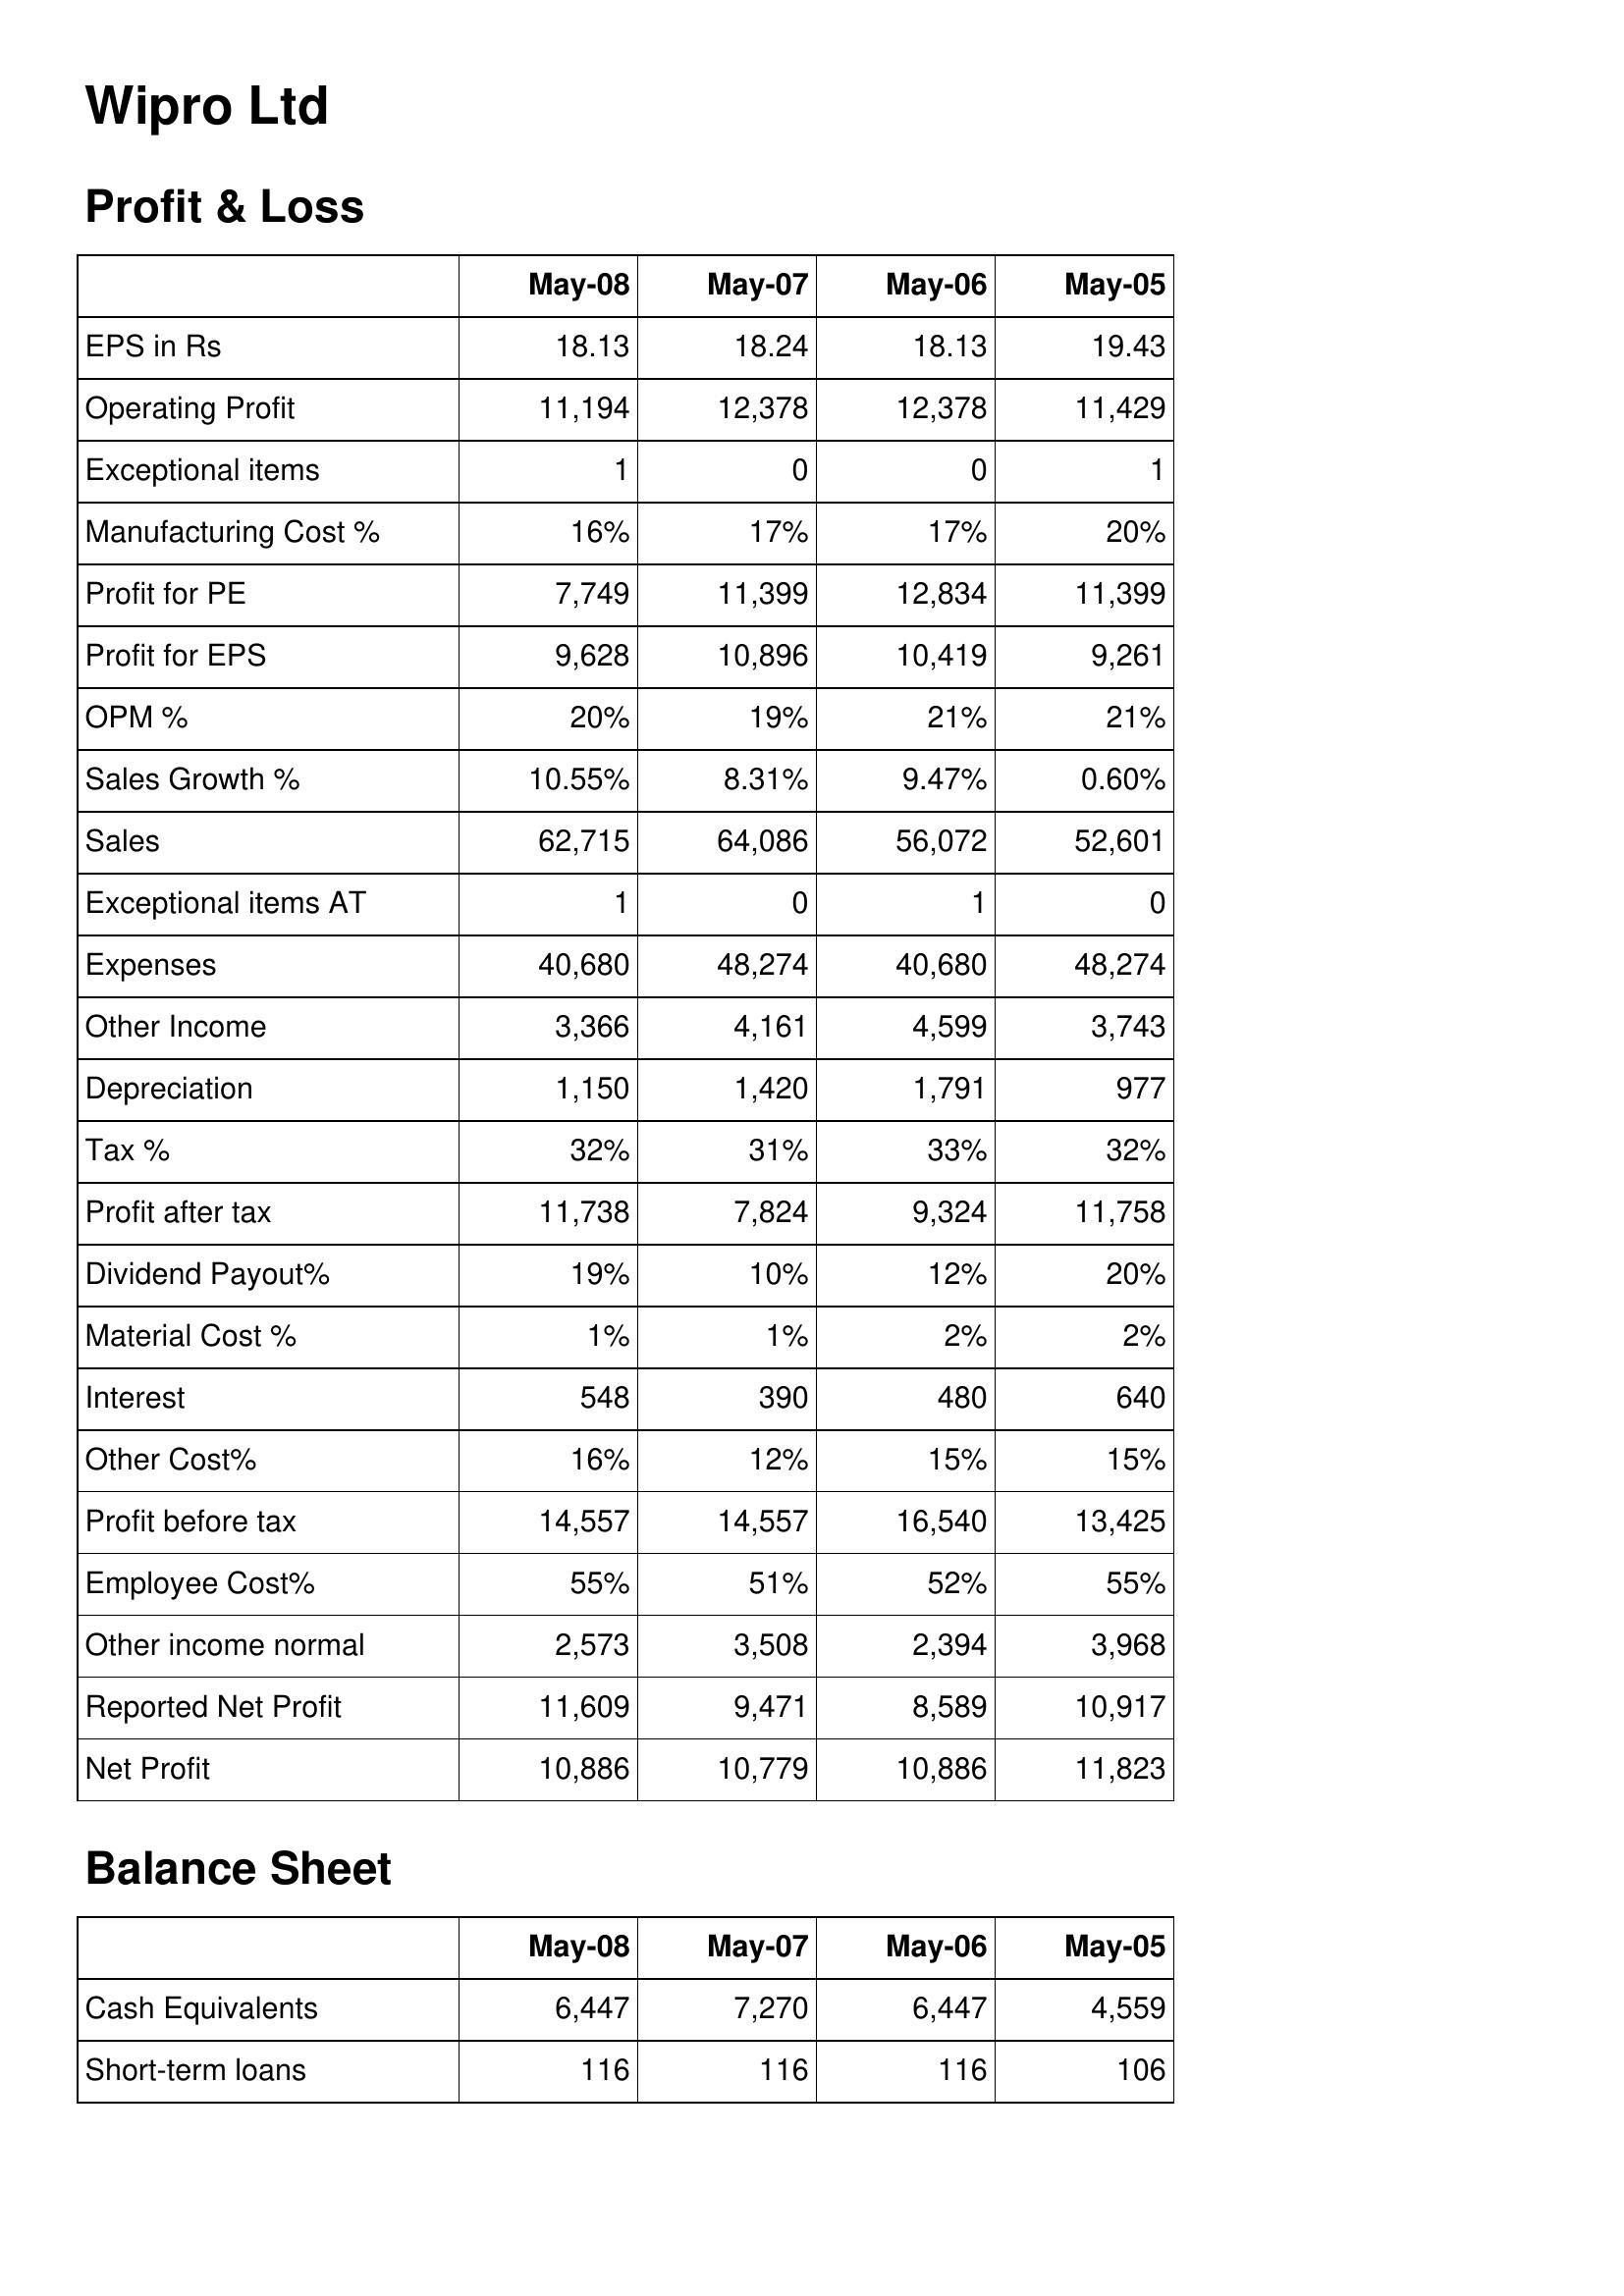
May-08: Profit & Loss: EPS in Rs: 18.13
Operating Profit: 11,194
Exceptional items: 1
Manufacturing Cost %: 16%
Profit for PE: 7,749
Profit for EPS: 9,628
OPM %: 20%
Sales Growth %: 10.55%
Sales: 62,715
Exceptional items AT: 1
Expenses: 40,680
Other Income: 3,366
Depreciation: 1,150
Tax %: 32%
Profit after tax: 11,738
Dividend Payout%: 19%
Material Cost %: 1%
Interest: 548
Other Cost%: 16%
Profit before tax: 14,557
Employee Cost%: 55%
Other income normal: 2,573
Reported Net Profit: 11,609
Net Profit: 10,886
Balance Sheet: Cash Equivalents: 6,447
Short-term loans: 116
May-07: Profit & Loss: EPS in Rs: 18.24
Operating Profit: 12,378
Exceptional items: 0
Manufacturing Cost %: 17%
Profit for PE: 11,399
Profit for EPS: 10,896
OPM %: 19%
Sales Growth %: 8.31%
Sales: 64,086
Exceptional items AT: 0
Expenses: 48,274
Other Income: 4,161
Depreciation: 1,420
Tax %: 31%
Profit after tax: 7,824
Dividend Payout%: 10%
Material Cost %: 1%
Interest: 390
Other Cost%: 12%
Profit before tax: 14,557
Employee Cost%: 51%
Other income normal: 3,508
Reported Net Profit: 9,471
Net Profit: 10,779
Balance Sheet: Cash Equivalents: 7,270
Short-term loans: 116
May-06: Profit & Loss: EPS in Rs: 18.13
Operating Profit: 12,378
Exceptional items: 0
Manufacturing Cost %: 17%
Profit for PE: 12,834
Profit for EPS: 10,419
OPM %: 21%
Sales Growth %: 9.47%
Sales: 56,072
Exceptional items AT: 1
Expenses: 40,680
Other Income: 4,599
Depreciation: 1,791
Tax %: 33%
Profit after tax: 9,324
Dividend Payout%: 12%
Material Cost %: 2%
Interest: 480
Other Cost%: 15%
Profit before tax: 16,540
Employee Cost%: 52%
Other income normal: 2,394
Reported Net Profit: 8,589
Net Profit: 10,886
Balance Sheet: Cash Equivalents: 6,447
Short-term loans: 116
May-05: Profit & Loss: EPS in Rs: 19.43
Operating Profit: 11,429
Exceptional items: 1
Manufacturing Cost %: 20%
Profit for PE: 11,399
Profit for EPS: 9,261
OPM %: 21%
Sales Growth %: 0.60%
Sales: 52,601
Exceptional items AT: 0
Expenses: 48,274
Other Income: 3,743
Depreciation: 977
Tax %: 32%
Profit after tax: 11,758
Dividend Payout%: 20%
Material Cost %: 2%
Interest: 640
Other Cost%: 15%
Profit before tax: 13,425
Employee Cost%: 55%
Other income normal: 3,968
Reported Net Profit: 10,917
Net Profit: 11,823
Balance Sheet: Cash Equivalents: 4,559
Short-term loans: 106